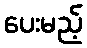
ပေးမည့်